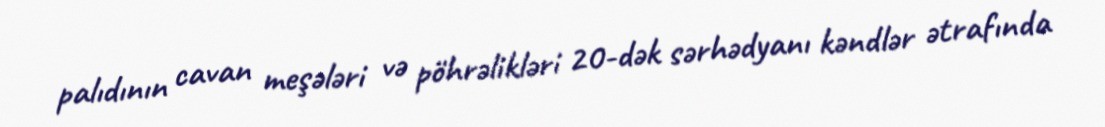
palıdının cavan meşələri və pöhrəlikləri 20-dək sərhədyanı kəndlər ətrafında